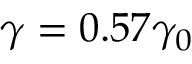
\gamma = 0 . 5 7 \gamma _ { 0 }